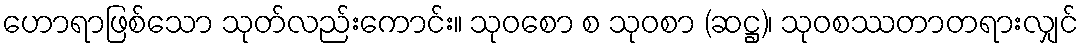
ဟောရာဖြစ်သော သုတ်လည်းကောင်း။ သုဝစော စ သုဝစာ (ဆဋ္ဌ)၊ သုဝစဿတာတရားလျှင်